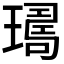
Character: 𤩈